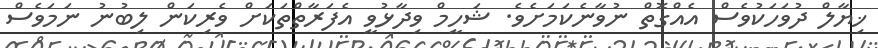
ޚިޔާލް ދުވަހަކުވެސް އެއްގޮތް ނުވާނެކަމަށެވެ. ޝަހީމް ވިދާޅުވީ އެފަރާތްތަކަށް ވެރިކަން ލިބުނު ނަމަވެސް